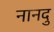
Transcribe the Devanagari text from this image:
नानदु